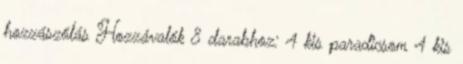
hozzászólás Hozzávalók 8 darabhoz: 4 kis paradicsom 4 kis